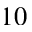
1 0